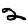
Digit: 2